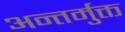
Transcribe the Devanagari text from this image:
अन्तर्मुक्त